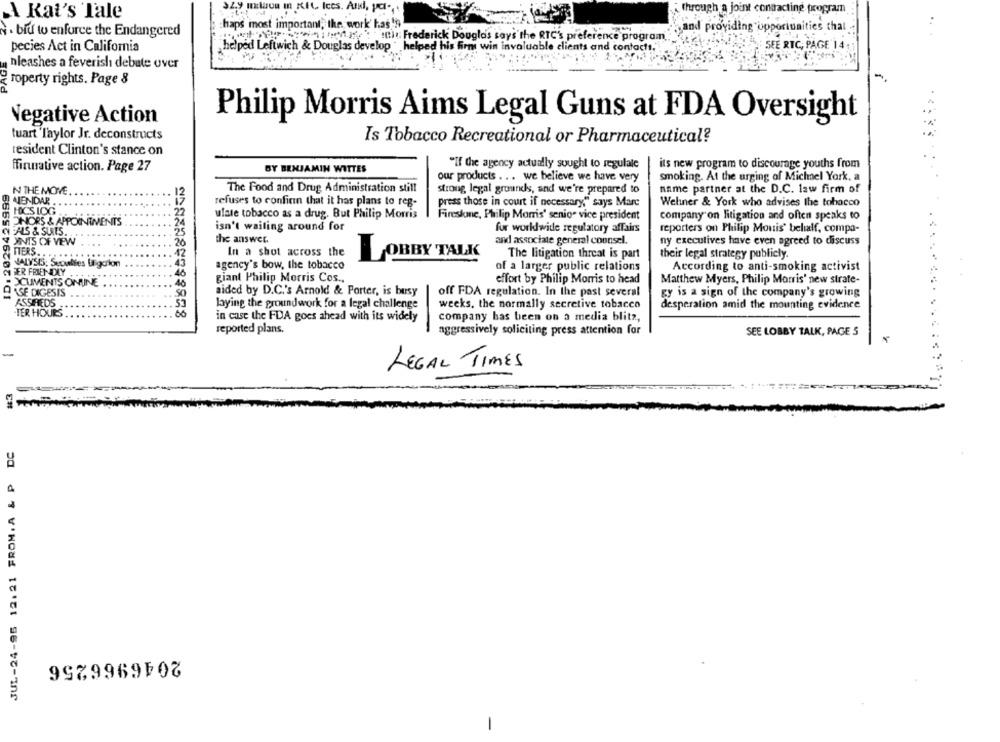
32.9 million In KIL Iccs. Arki, por -,
A Rat's Tale
through a joint contacting program
haps most important, the work' has's
, and providing opportunities that
. bid to enforce the Endangered
untenif': " !th Frederick Douglas says'the RTC's preference program,
SEE RTC; PAGE 14
pecies Act in California
helped Leftwich & Douglas develop . helped his firm win invaluable clients and contacts."
PAGE
nleashes a feverish debate over
roperty rights. Page 8
Negative Action
Philip Morris Aims Legal Guns at FDA Oversight
tuart Taylor Jr. deconstructs
Is Tobacco Recreational or Pharmaceutical?
resident Clinton's stance on
finnative action. Page 27
BY BENJAMIN WITTES
"If the agency actually sought to regulate
its new program to discourage youths from
our products ... we believe we have very
smoking. At the urging of Michael York. a
ID: 2029425999
N THE MOVE
The Food and Drug Administration still
strong legal grounds, and we're prepared to
name partner at the D.C. law firm of
MENDAR
refuses to confinn that it has plans to reg-
press those in court if necessary," says Marc
Weliner & York who advises the tobacco
FOCS LOG
ulate tobacco as a drug. But Philip Morris
Firestone, Philip Morris' senior vice president
company on litigation and often speaks to
ONORS & APPOINTMENTS
FAS & SUITS.
isn't wailing around for
for worldwide regulatory affairs
reporters on Philip Mouis' behalf, compa-
UNIS OF VIEW
the answer.
and associate general counsel.
ny executives have even agreed to discuss
TTERS.
In a shot across the
42
LOBBY TALK
The litigation threat is part
their legal strategy publicly.
ALYSIS. Sepallies Uigcion
43
agency's bow, the tobacco
of a larger public relations
According to anti-smoking activist
FER FRIENDLY
.40
OCUMENTS ONUNE
giant Philip Morris Cos ..
effort by Philip Morris to head
Matthew Myers, Philip Morris' new strate-
.40
OASE DIGESIS
aided by D.C.'s Arnold & Porter, is busy
off FDA regulation. In the past several
gy is a sign of the company's growing
ASSIREDS
.53
laying the groundwork for a legal challenge
weeks, the normally secretive tobacco
desperation amid the mounting evidence
-TER HOURS
,00
in case the FDA goes ahead with its widely
company has been on a media blitz,
reported plans.
aggressively soliciting press attention for
SEE LOBBY TALK, PAGE 5
LEGAL TIMES
JUL-24-95 12.21 FROM. A & P DC
2046966256
-